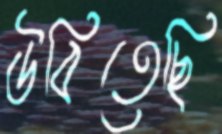
উবিতেছি